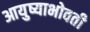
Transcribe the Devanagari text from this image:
आयुष्याभोवती